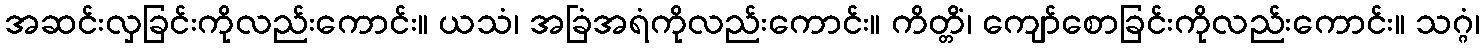
အဆင်းလှခြင်းကိုလည်းကောင်း။ ယသံ၊ အခြံအရံကိုလည်းကောင်း။ ကိတ္တိံ၊ ကျော်စောခြင်းကိုလည်းကောင်း။ သဂ္ဂံ၊